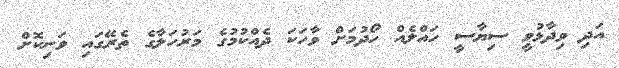
އަދި ވިދާޅުވީ ސިޔާސީ ހައްލެއް ހޯދުމަށް ވާހަކަ ދެއްކުމުގެ މަރުހަލާގެ ތެރޭގައި ވަނިކޮށް